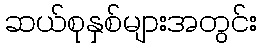
ဆယ်စုနှစ်များအတွင်း